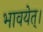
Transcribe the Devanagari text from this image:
भावयेत्‌।